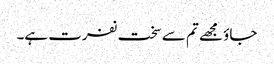
جاؤ مجھے تم سے سخت نفرت ہے۔